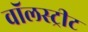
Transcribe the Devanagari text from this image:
वॉलस्ट्रीट